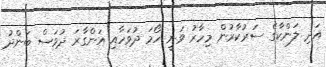
އަދި ލަންކާގެ ސަރުކާރުން މިހާރު ވަނީ ހޯމަ ދުވަހާއި އަންގާރަ ދުވަސް ބަންދު